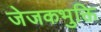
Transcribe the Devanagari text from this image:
जेजकभुक्ति